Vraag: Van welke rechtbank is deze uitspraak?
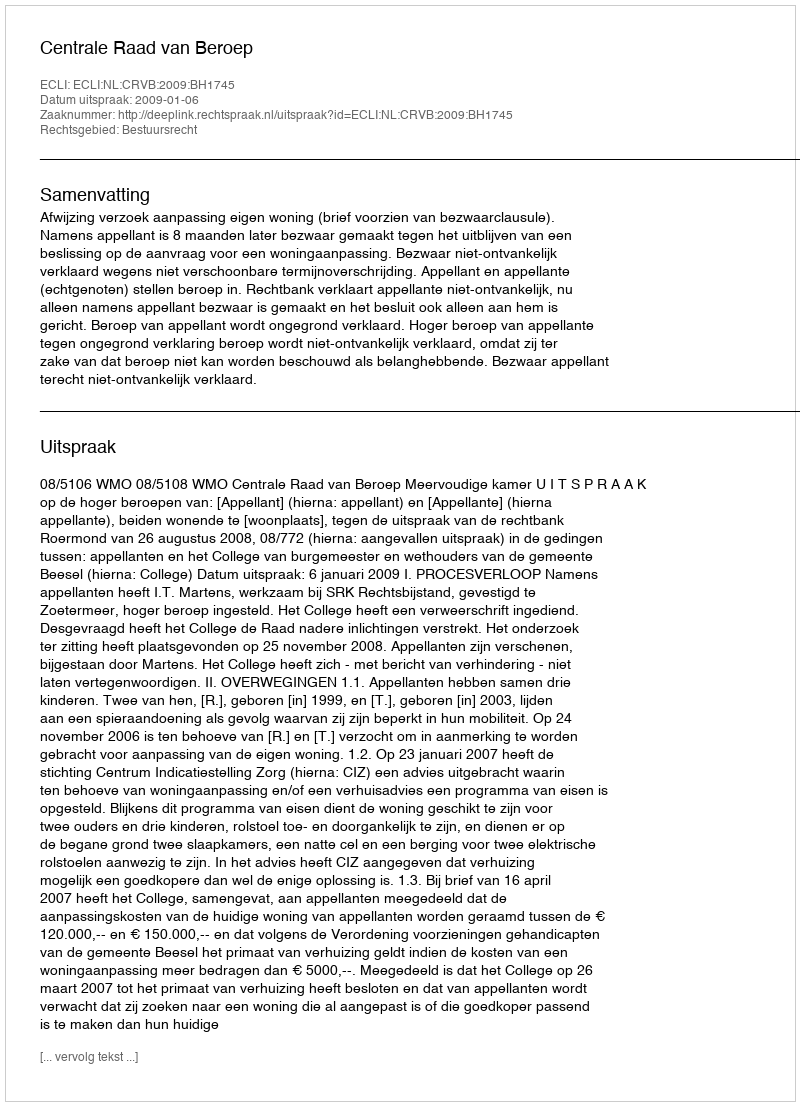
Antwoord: Centrale Raad van Beroep